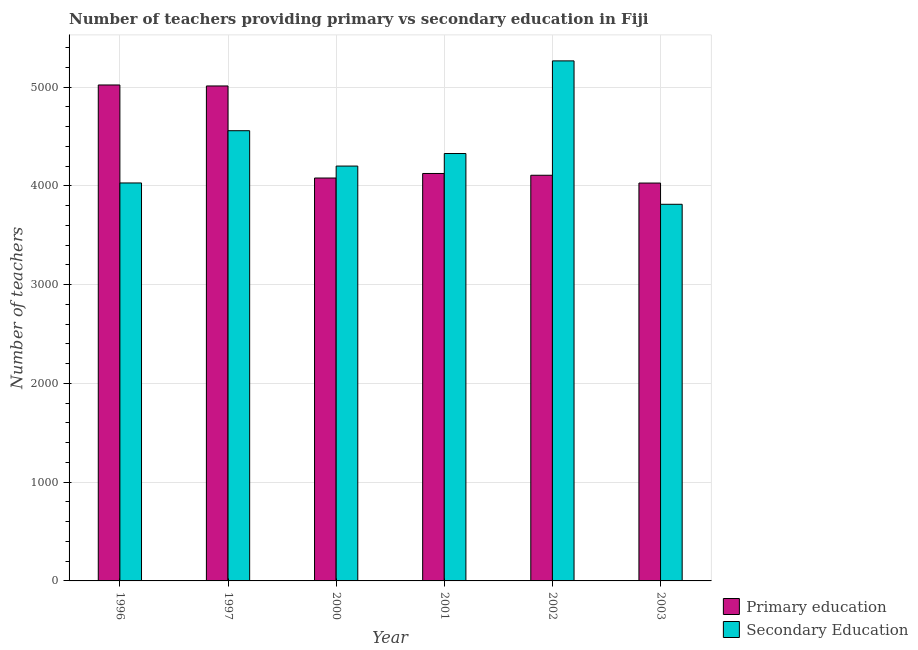
| Year | Primary education | Secondary Education |
 | --- | --- | --- |
 | 1996 | 5.02e+03 | 4.03e+03 |
 | 1997 | 5.01e+03 | 4.56e+03 |
 | 2000 | 4.08e+03 | 4.2e+03 |
 | 2001 | 4.12e+03 | 4.33e+03 |
 | 2002 | 4.11e+03 | 5.26e+03 |
 | 2003 | 4.03e+03 | 3.81e+03 |